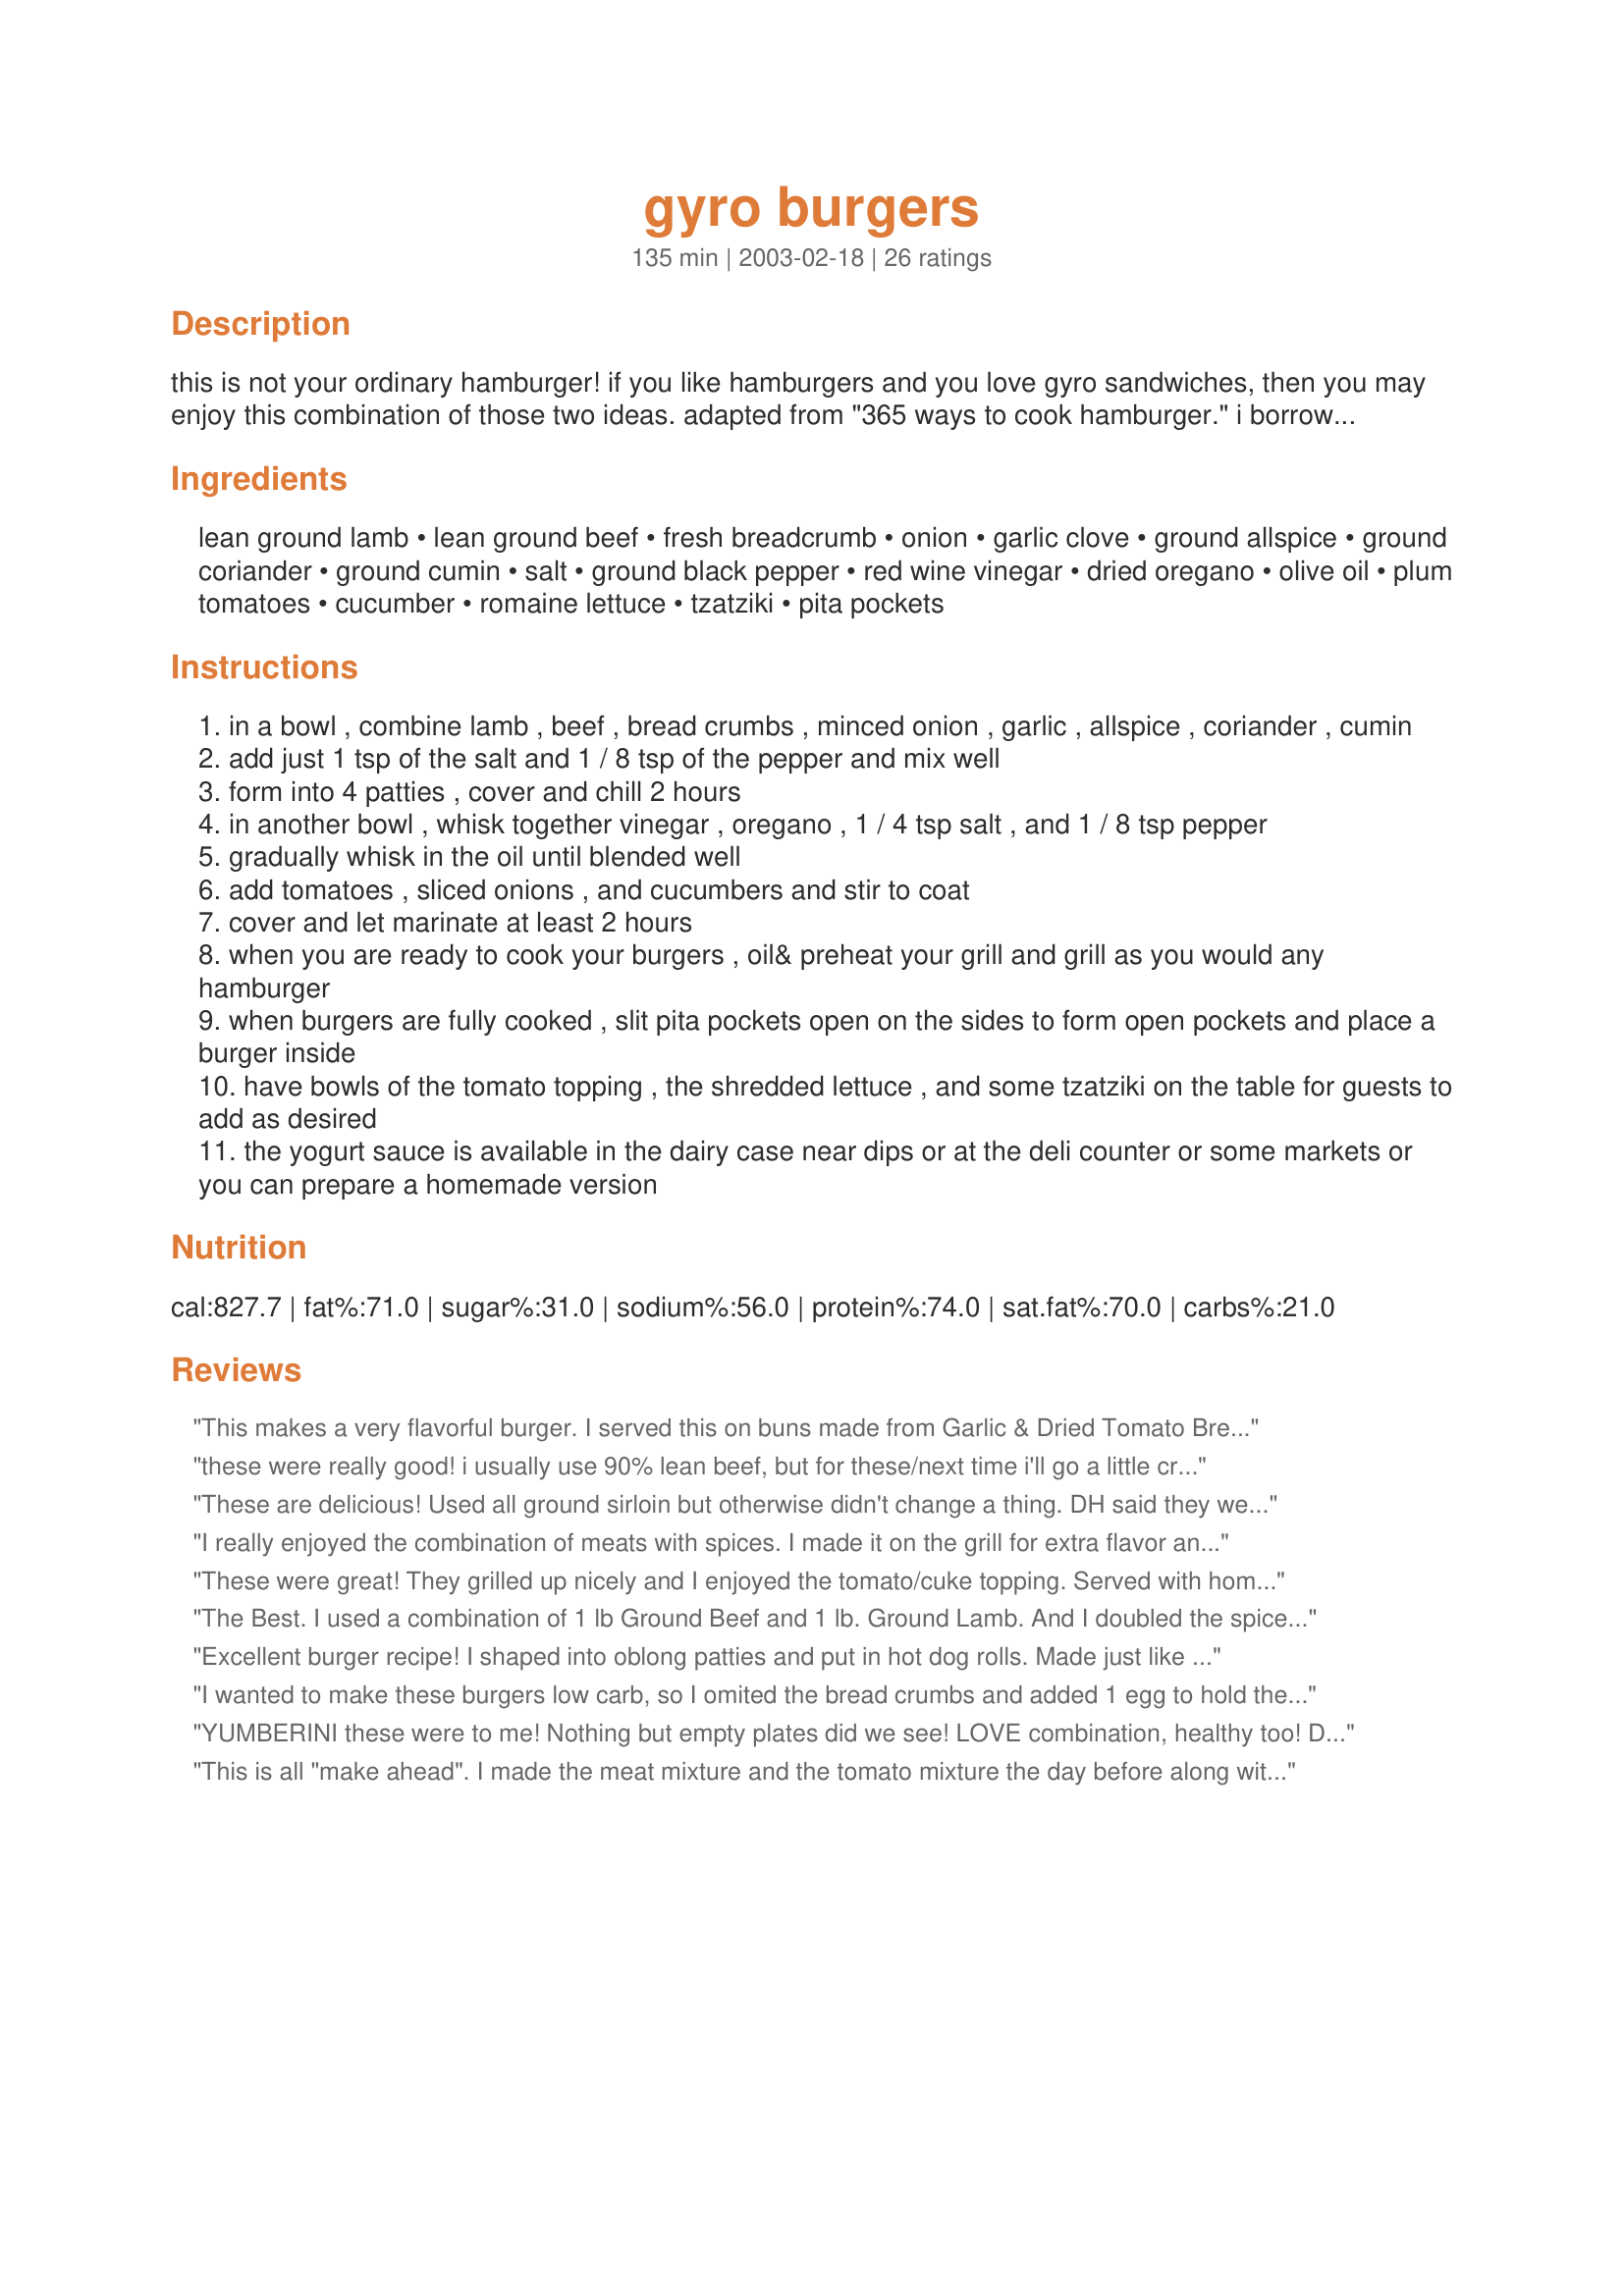
gyro burgers
Preparation time: 135 minutes

this is not your ordinary hamburger! if you like hamburgers and you love gyro sandwiches, then you may enjoy this combination of those two ideas. adapted from "365 ways to cook hamburger." i borrowed this cookbook from a local library and copied out this tasty recipe. purists beware - this is not pretending to be an authentic recipe from any particular culture, but is merely influenced by the flavors & style of greek cuisine. prep is about 15 minutes plus 2 hours chilling time. cook time is a guess and varies based on how thik you make each patty - also, even though the original suggested 4 huge patties, you can certainly make smaller ones and just cook them for a little less time. you can broil these if you prefer.

Ingredients:
lean ground lamb, lean ground beef, fresh breadcrumb, onion, garlic clove, ground allspice, ground coriander, ground cumin, salt, ground black pepper, red wine vinegar, dried oregano, olive oil, plum tomatoes, cucumber, romaine lettuce, tzatziki, pita pockets

Steps:
in a bowl , combine lamb , beef , bread crumbs , minced onion , garlic , allspice , coriander , cumin
add just 1 tsp of the salt and 1 / 8 tsp of the pepper and mix well
form into 4 patties , cover and chill 2 hours
in another bowl , whisk together vinegar , oregano , 1 / 4 tsp salt , and 1 / 8 tsp pepper
gradually whisk in the oil until blended well
add tomatoes , sliced onions , and cucumbers and stir to coat
cover and let marinate at least 2 hours
when you are ready to cook your burgers , oil& preheat your grill and grill as you would any hamburger
when burgers are fully cooked , slit pita pockets open on the sides to form open pockets and place a burger inside
have bowls of the tomato topping , the shredded lettuce , and some tzatziki on the table for guests to add as desired
the yogurt sauce is available in the dairy case near dips or at the deli counter or some markets or you can prepare a homemade version

Reviews:
This makes a very flavorful burger. I served this on buns made from Garlic & Dried Tomato Bread #44605 and with Greek Potatoes #8926. A meal that will be repeated. Thanks, Heather!
these were really good! i usually use 90% lean beef, but for these/next time i'll go a little crazy/maybe use 80% lean b/c i did't do the ground lamb. all lean beef is a little dry/but that was my fault. great flavor!
These are delicious! Used all ground sirloin but otherwise didn't change a thing. DH said they were much better than a regular burger. I used onion pitas;made my own tzatziki, as it is yummy with left over toasted pita pieces. This is a keeper, and thanx Heatherfeather!
I really enjoyed the combination of meats with spices. I made it on the grill for extra flavor and it turned out perfect. Wonderful! A greek delight in a different way.
These were great! They grilled up nicely and I enjoyed the tomato/cuke topping. Served with homemade pitas (Recipe #36586) - a very nice meal!
The Best. I used a combination of 1 lb Ground Beef and 1 lb. Ground Lamb. And I doubled the spices, added in 1 tsp of cumin (my fav spice) , let marrinate 3 hours and it made 12 patties which i cut each pattie in to slices before adding to the flat bread... perfect for lunch and dinner for the day. It was an amazing combination and made the best Gyros. Topped off with fresh tomatos, romaine lettuce, onions, Kalmata olives and feta cheese for a perfect tasting homemade gyro, even better than the Medditeranean restaurant we have locally. And I made my own tzatziki sauce using sour cream, garlic, olive oil, S & P to taste, cucumber seeded then shredded. Thanks for the recipe. I will definitely make this again.
Excellent burger recipe! I shaped into oblong patties and put in hot dog rolls. Made just like the instructions say and wow, they were good! Thanks Heather for another great burger recipe that we really enjoyed! Mike
I wanted to make these burgers low carb, so I omited the bread crumbs and added 1 egg to hold the mixture together. I also used ground turkey since that is what I had on hand. I made my own low carb tzatziki. This was absolutely the best recipe I have found in our new low carb way of eating!!!!! Next week when I make these again, I'm going to add a little chopped fresh cilantro to the patties! Thanks for such a winner!
YUMBERINI these were to me!
Nothing but empty plates did we see!
LOVE combination, healthy too!
DEFINATELY a keeper! Thanks for sharing, true!
This is all "make ahead". I made the meat mixture and the tomato mixture the day before along with I made recipe #10901 "Pita Bread" the day before and also recipe# 57747 Gyro Sauce. For the meal I cooked my burgers on the grill and the rest was easy to assemble. Very Yummy! and WOW dont you just love this web site too.Got all the recipes I need to make it all "homemade".Excellant recipe
It was pretty good. My husband is middle eastern so we eat heavily spiced food all the time, so this i would at least double the seasoning. We don't like a lot of salt in things, but this we added a little extra. We ate them elongated(cooked all the way through) with lamb and sirloin beef. They turned out great and we ate them oh whole wheat naan with home-made tzatziki sauce(non fat yogurt, cucumber, salt, pepper, dill, garlic, onion powder) The burgers came out Very juicy. we will be making them again
I must have done something wrong here...probably that I didn't use fresh breadcrumbs so I would highly recommend not using dried ones as it ends up over powering what should be really great flavours. I had tripled the recipe & made half.The next day I took the rest of the hamburgers broke them up, added more garlic, a bay leaf, a can of tomatoes & tomatoe sauce & it turned into a great spaghetti sauce! Everyone loved it.
LEft out the allspice on this one, and we still enjoyed them! Would make again when we have a crowd for something different!
How can something be so easy, yet so delicious? Heather your recipe is a mediterranean treat.

The spices and aroma are outstanding. The vinegarette drizzled over the burger topped with homemade Tzatziki sauce is delectable. It really reminds me of a kibee sandwich which my family loves to eat.

I omitted the salt from the vinegarette, and the seeds from the cucumber before cutting it into small chunks. I used oat bran pita bread grinded in the food processor as the bread crumbs for my low glycemic diet.

Lamb is sometimes hard to find in my area, but I will drive out of my way just to get some to make this recipe. Lean ground sirloin is a good choice for beef.

These gyro burgers are just as good reheated the next day, and the vinegarette keeps as well. 

Thank you Heather for posting one of my most favorite recipes that I look forward again and again to making.




These were delicious! I substituted beef for the lamb as well, but they tasted the same!! I also made homemade pitas and tzatziki sauce. They were a hit. Will definitely make again.
WOW! These were marvelous! I made them on the grill, per directions. Only thing I did was increase the recipe to feed my son's group of teenage boys. Perfect combination of spice and the texture of the meat was just like that of a Gyro! Very nice, and easy. Thanks so much Heather !
this is delicious and a welcome change from plain old burgers. i used 2 1/2 lbs of beef, and added extra spices. i made the salad dressing but served the salad with the burgers, without the 2 hour marinating time. i also served lettuce, sliced red onion, and tzaziki sauce on the side along with baked potato fries.
delicious and a kid pleaser too!

My family loved these! I served them on whole meal burger buns and they were enourmous to say the least. I only marinated mine for 40 minutes (I forgot to do it earlier in the day). Next time I will marinate for much longer as I think the flavours would be even more wonderful. thanks for posting!
Loved these burgers, HeatherFeather. Perfect on fresh pita with that tomato topping and tzatziki. I added some fresh oregano and doubled the spices, used part ground turkey, and omitted the bread crumbs. Thanks very much for posting!
Phenomenal! I just made the meat part and served it up on fluffy flat bread, romaine, onions, tomatoes and improvised tzaztiki sauce and it was awesome! I made the patties square then sliced them into 4 strips so it was really gyro-like. I'm making this again and again. Thanks for this incredible recipe !
These were fabulous! We love gyros & this is a true, homemade rendition. I tripled the recipe & followed it exactly. It was easy & fairly quick. We grilled the burgers until they were cooked all the way through. I also made pita bread (#10901) and tzatziki (#59336), along with a yummy greek salad. All 6 of us really enjoyed it (hubby & 4 children) and we are looking forward to the leftovers... Thanks for posting this great recipe. It will go into our favorites folder!
Delicious! This recipe makes wonderful gyro burgers; however, I first tried this recipe a day after I tried the Spicy Summer Sausage recipe (#19453), and decided to combine the ideas to make my own gyro meat. I make sausages as indicated in the summer sausage recipe (which is also extremely easy and very good, by the way), but instead of using the summer sausage seasonings, I use the seasonings called for in the Gyro Burger recipe. After cooking the sausages, the "gyro meat" can be sliced thinly and browned in a skillet, then stuffed into pitas. It is also easy to freeze any extra sausages. I do use all beef, because lamb is almost impossible to find where I live, but I would use the lamb, too, if it were available. I also leave out the bread crumbs.
I made these last night for dinner and they were fabulous! Thanks for posting!
These are SO good. I made them for guests last night and EVERYONE raved had to give the recipe out!!! My DH gives it a 6M rating "MMMMMM"
These really taste like delicious gyros!! Great recipe. I would recommend grilling these well-done even if you usually like a rarer burger. Easy and fun to serve - quick clean-up.
Yum! We really liked these burgers for a change from regular ol ones. I served them in pitas with all the fixings. Thank you for sharing this idea with us.
